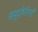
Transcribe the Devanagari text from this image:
समुद्रफेनियाँ